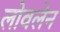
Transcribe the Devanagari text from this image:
लोवलेन